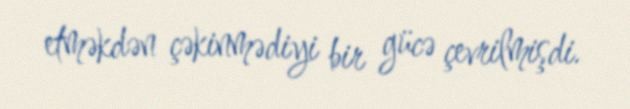
etməkdən çəkinmədiyi bir gücə çevrilmişdi.